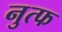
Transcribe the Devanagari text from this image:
नुत्फ